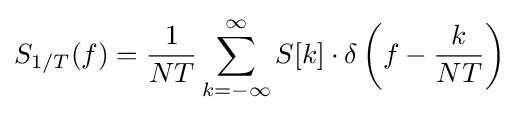
S_{1/T}(f)={\frac {1}{NT}}\sum _{k=-\infty }^{\infty }S[k]\cdot \delta \left(f-{\frac {k}{NT}}\right)